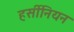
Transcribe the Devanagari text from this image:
हर्सीनियन